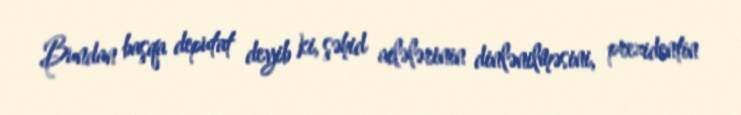
Bundan başqa deputat deyib ki, şəhid ailələrinin dinlənilməsini, prezidentin